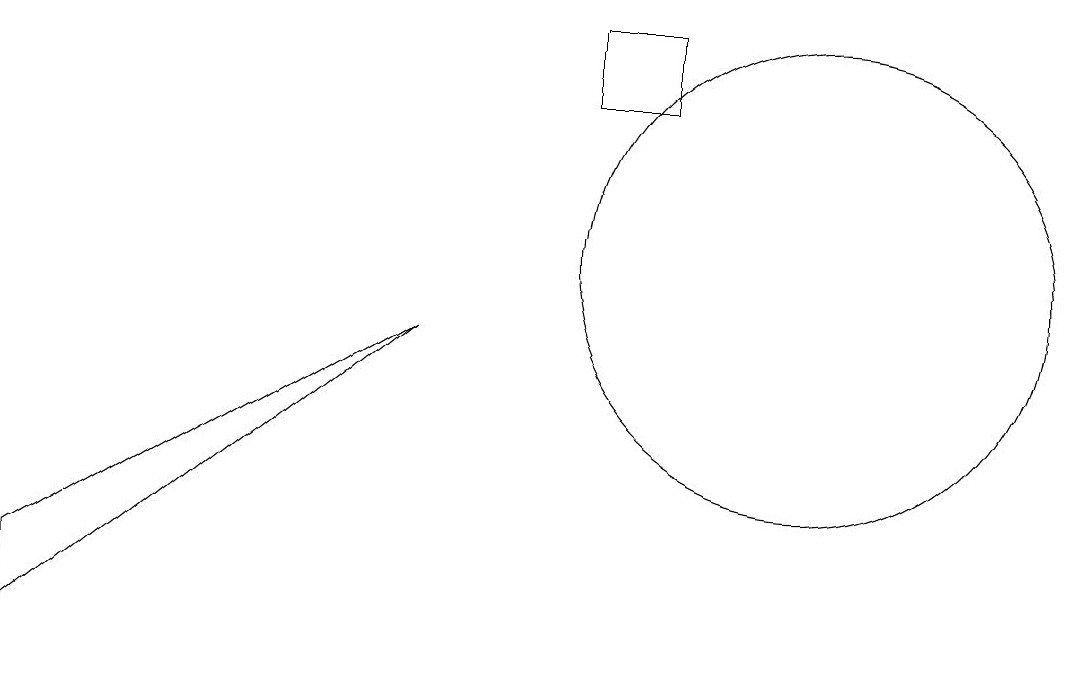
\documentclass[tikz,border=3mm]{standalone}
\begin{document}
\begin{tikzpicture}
\draw (8,13) rectangle (7,12);
\draw (10,10) circle (3);
\draw (0,6) -- (5,9) -- (0,5) -- cycle;
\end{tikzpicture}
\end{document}